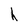
Character: h